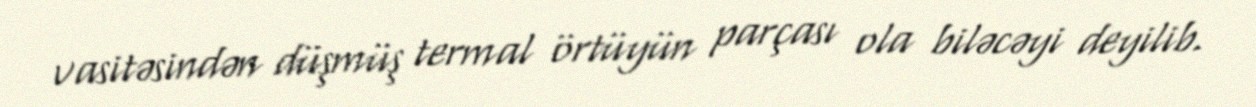
vasitəsindən düşmüş termal örtüyün parçası ola biləcəyi deyilib.